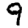
Digit: 9